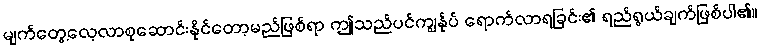
မျက်တွေ့လေ့လာစုဆောင်းနိုင်တော့မည်ဖြစ်ရာ ဤသည်ပင်ကျွန်ုပ် ရောက်လာရခြင်း၏ ရည်ရွယ်ချက်ဖြစ်ပါ၏။